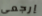
إرجعي